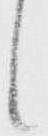
候